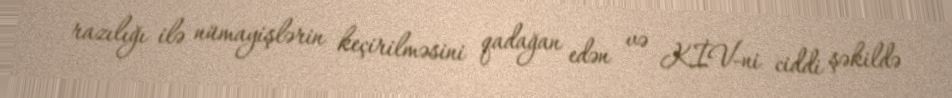
razılığı ilə nümayişlərin keçirilməsini qadağan edən və KİV-ni ciddi şəkildə